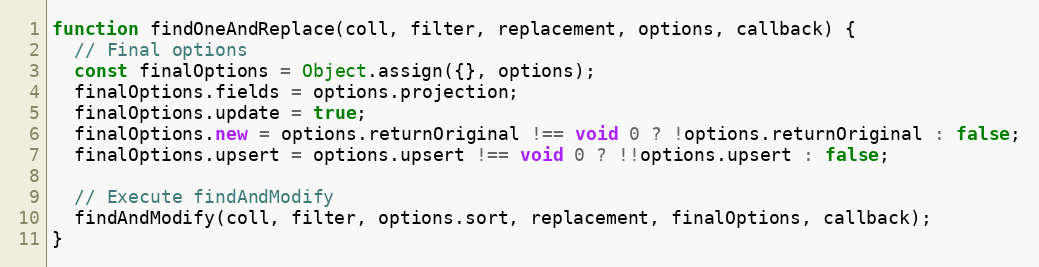
Language: JavaScript
function findOneAndReplace(coll, filter, replacement, options, callback) {
  // Final options
  const finalOptions = Object.assign({}, options);
  finalOptions.fields = options.projection;
  finalOptions.update = true;
  finalOptions.new = options.returnOriginal !== void 0 ? !options.returnOriginal : false;
  finalOptions.upsert = options.upsert !== void 0 ? !!options.upsert : false;

  // Execute findAndModify
  findAndModify(coll, filter, options.sort, replacement, finalOptions, callback);
}